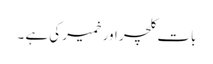
بات کلچر اورخمیر کی ہے ۔